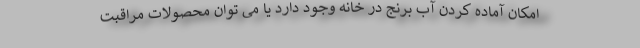
امکان آماده کردن آب برنج در خانه وجود دارد یا می توان محصولات مراقبت